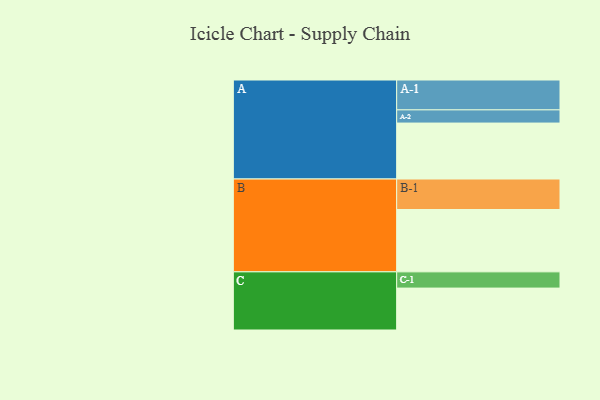
{"axis": {"x": "Segment", "y": "Value"}, "legend": ["", "A", "B", "C"], "data": [{"x": "A", "y": 534, "type": ""}, {"x": "B", "y": 595, "type": ""}, {"x": "C", "y": 400, "type": ""}, {"x": "A-1", "y": 285, "type": "A"}, {"x": "A-2", "y": 126, "type": "A"}, {"x": "B-1", "y": 291, "type": "B"}, {"x": "C-1", "y": 155, "type": "C"}]}